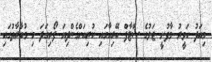
މިއަދު ހަވީރު މާފުށީ ޖަލުގެ ސްޓާފް އޭރިއާގައި ކުރިއަށްގެންދިޔަ ފޯރިގަދަ މި މުބާރާތުގައި